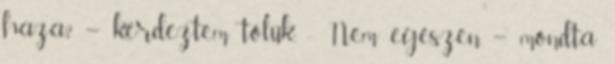
haza? – kérdeztem tőlük. - Nem egészen. – mondta